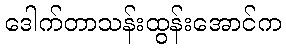
ဒေါက်တာသန်းထွန်းအောင်က